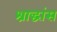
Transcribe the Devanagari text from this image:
श्राद्धांस